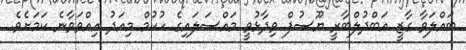
ބައްލަވާ ގާޒީ އަބްދުލްބާރީ ޔޫސުފް ވިދާޅުވީ މައްސަލައިގެ ހުކުމް މިއަދު އިއްވަވާނެ ކަމަށެވެ.